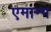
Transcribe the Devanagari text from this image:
एमान्ग